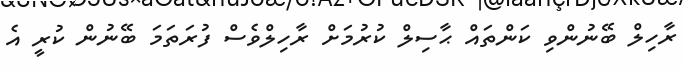
ރާހިލް ބޭނުންވި ކަންތައް ޙާސިލް ކުރުމަށް ރާހިލްވެސް ފުރަތަމަ ބޭނުން ކުރީ އެ